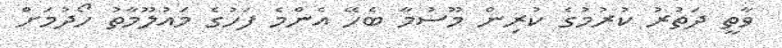
ވާތީ ދަތުރު ކުރުމުގެ ކުރިން މޫސުމާ ބެހޭ އެންމެ ފަހުގެ މައުލޫމާތު ހޯދުމަށް